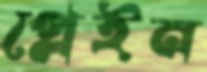
প্লেইন